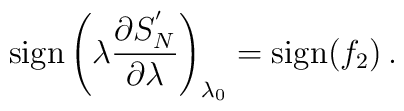
\mbox{sign}\left( \lambda {\partial S^{'}_N \over \partial \lambda}\right)_{\lambda_0} = \mbox{sign} (f_2) \, .